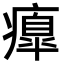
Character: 𤺃